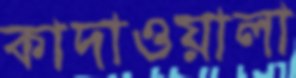
কাদাওয়ালা